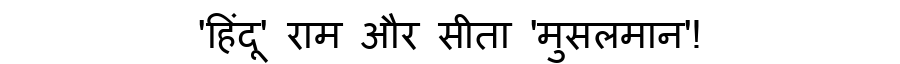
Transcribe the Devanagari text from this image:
'हिंदू' राम और सीता 'मुसलमान'!